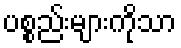
ပစ္စည်းများကိုသာ